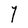
Character: Y